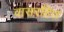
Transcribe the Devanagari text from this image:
वासरहित